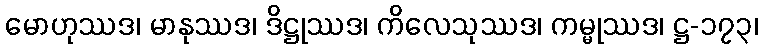
မောဟုဿဒ၊ မာနုဿဒ၊ ဒိဋ္ဌုဿဒ၊ ကိလေသုဿဒ၊ ကမ္မုဿဒ၊ ဋ္ဌ-၁၇၃၊